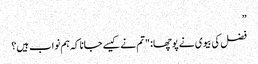
”
فضل کی بیوی نے پوچھا: "تم نے کیسے جانا کہ ہم نواب ہیں؟